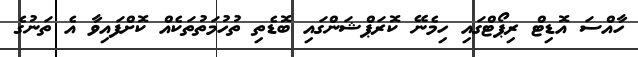
ހާއްސަ އޮޑިޓް ރިޕޯޓްގައި ހިމެނޭ ކޮރަޕްޝަންގައި ބޮޑެތި ތުހުމަތުތަކެއް ކޮށްފައިވާ އެ ތަނުގެ